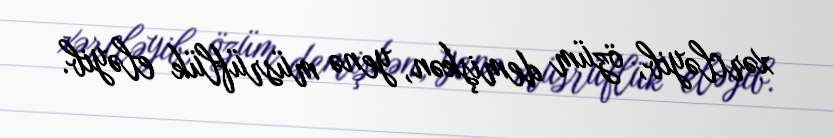
xərcləyib, özüm demişkən, yenə müsrüflük eləyib.